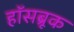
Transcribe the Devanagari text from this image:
हॉसब्रूक